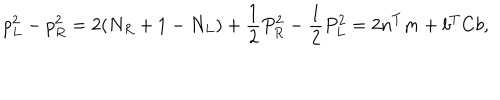
p _ { L } ^ { 2 } - p _ { R } ^ { 2 } = 2 ( N _ { R } + 1 - N _ { L } ) + \frac { 1 } { 2 } P _ { R } ^ { 2 } - \frac { 1 } { 2 } P _ { L } ^ { 2 } = 2 n ^ { T } m + b ^ { T } C b ,